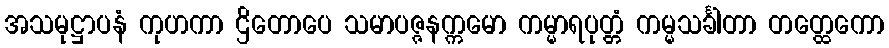
အသမုဋ္ဌာပနံ ကုဟကာ ဌိတောပေ သမာပဇ္ဇနက္ကမော ကမ္မာရပုတ္တံ ကမ္မသင်္ခါတာ တတ္ထေကော